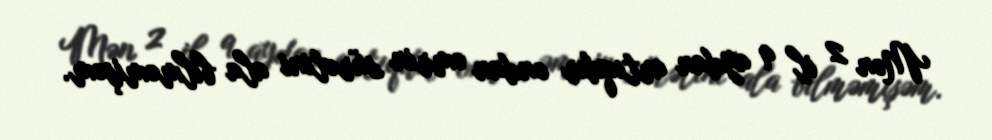
Mən 2 il 9 aydan artıqdır ondan əmrin sürətini ala bilməmişəm.